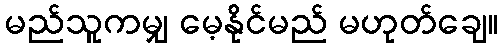
မည်သူကမျှ မေ့နိုင်မည် မဟုတ်ချေ။